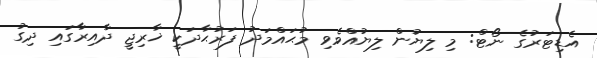
އެޑިޓަރުގެ ނޯޓް: މި ލިޔުން ލިޔުއްވެވި މުޙައްމަދު ފަރުޙާދަކީ ޚާރިޖީ ދާއިރާގައި ދިގު